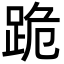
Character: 跪